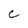
Character: C